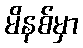
မိနစ်မှာ